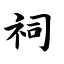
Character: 祠